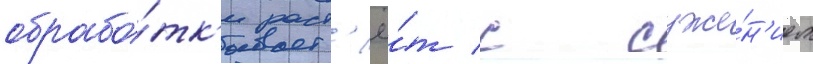
обрабо́тк'и раст'ё́т с суже́н'ием